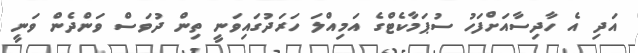
އަދި އެ ހާދިސާއަށްފަހު ސުޕަމާކެޓްގެ އަމިއްލަ ހަރަދުގައިވަނީ ތިން ދުވަސް ވަންދެން ވަނީ